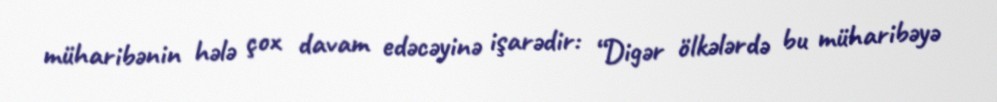
müharibənin hələ çox davam edəcəyinə işarədir: “Digər ölkələrdə bu müharibəyə